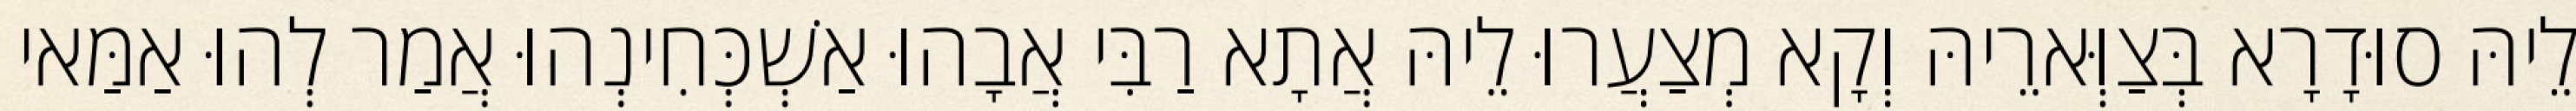
לֵיהּ סוּדָרָא בְּצַוְּארֵיהּ וְקָא מְצַעֲרוּ לֵיהּ אֲתָא רַבִּי אֲבָהוּ אַשְׁכְּחִינְהוּ אֲמַר לְהוּ אַמַּאי